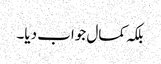
بلکہ کمال جواب دیا۔